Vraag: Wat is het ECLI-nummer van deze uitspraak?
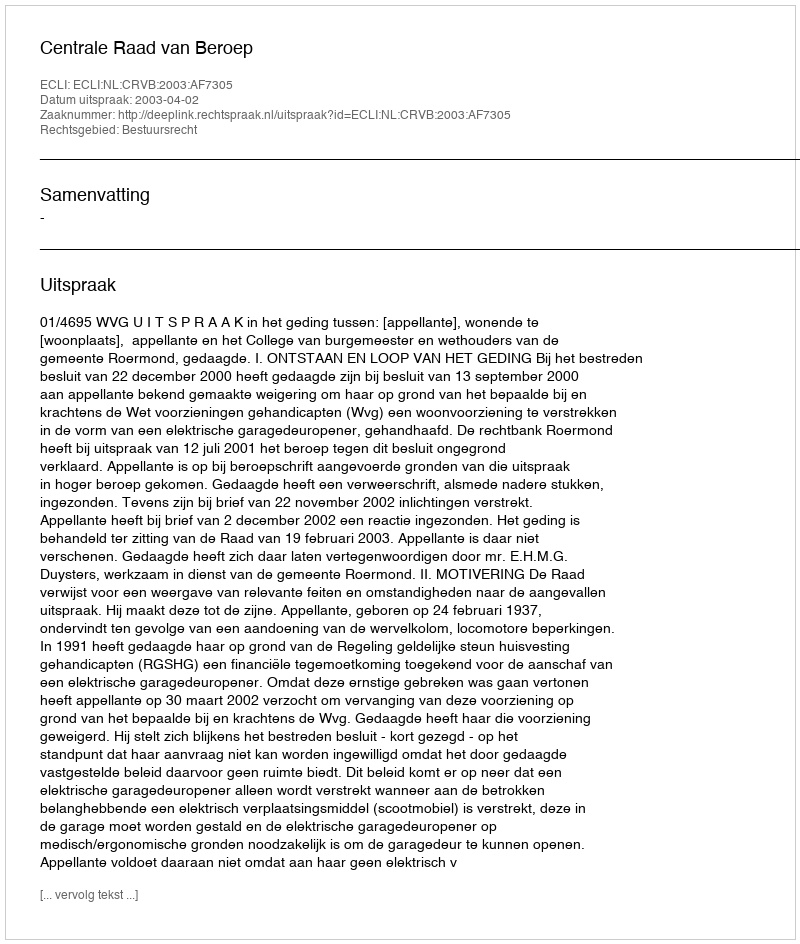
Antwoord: ECLI:NL:CRVB:2003:AF7305